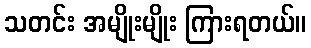
သတင်း အမျိုးမျိုး ကြားရတယ်။